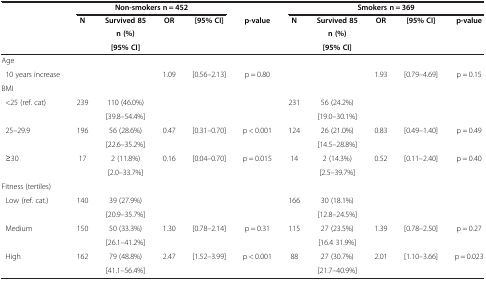
<table><thead><tr><td><b> </b></td><td colspan="4"><b>Non-smokers n = 452</b></td><td><b> </b></td><td colspan="5"><b>Smokers n = 369</b></td></tr><tr><td><b> </b></td><td><b>N</b></td><td><b>Survived 85</b></td><td><b>OR</b></td><td><b>[95% CI]</b></td><td><b>p-value</b></td><td><b>N</b></td><td><b>Survived 85</b></td><td><b>OR</b></td><td><b>[95% CI]</b></td><td><b>p-value</b></td></tr><tr><td><b> </b></td><td><b> </b></td><td><b>n (%)</b></td><td><b> </b></td><td><b> </b></td><td><b> </b></td><td><b> </b></td><td><b>n (%)</b></td><td><b> </b></td><td><b> </b></td><td><b> </b></td></tr><tr><td><b> </b></td><td><b> </b></td><td><b>[95% CI]</b></td><td><b> </b></td><td><b> </b></td><td><b> </b></td><td><b> </b></td><td><b>[95% CI]</b></td><td><b> </b></td><td><b> </b></td><td><b> </b></td></tr></thead><tbody><tr><td>Age</td><td> </td><td> </td><td> </td><td> </td><td> </td><td> </td><td> </td><td> </td><td> </td><td> </td></tr><tr><td> 10 years increase</td><td> </td><td> </td><td>1.09</td><td>[0.56–2.13]</td><td>p = 0.80</td><td> </td><td> </td><td>1.93</td><td>[0.79–4.69]</td><td>p = 0.15</td></tr><tr><td>BMI</td><td> </td><td> </td><td> </td><td> </td><td> </td><td> </td><td> </td><td> </td><td> </td><td> </td></tr><tr><td rowspan="2"> &lt;25 (ref. cat)</td><td rowspan="2">239</td><td>110 (46.0%)</td><td rowspan="2"> </td><td rowspan="2"> </td><td rowspan="2"> </td><td rowspan="2">231</td><td>56 (24.2%)</td><td rowspan="2"> </td><td rowspan="2"> </td><td rowspan="2"> </td></tr><tr><td>[39.8–54.4%]</td><td>[19.0–30.1%]</td></tr><tr><td rowspan="2"> 25–29.9</td><td rowspan="2">196</td><td>56 (28.6%)</td><td rowspan="2">0.47</td><td rowspan="2">[0.31–0.70]</td><td rowspan="2">p &lt; 0.001</td><td rowspan="2">124</td><td>26 (21.0%)</td><td rowspan="2">0.83</td><td rowspan="2">[0.49–1.40]</td><td rowspan="2">p = 0.49</td></tr><tr><td>[22.6–35.2%]</td><td>[14.5–28.8%]</td></tr><tr><td rowspan="2"> ≥30</td><td rowspan="2">17</td><td>2 (11.8%)</td><td rowspan="2">0.16</td><td rowspan="2">[0.04–0.70]</td><td rowspan="2">p = 0.015</td><td rowspan="2">14</td><td>2 (14.3%)</td><td rowspan="2">0.52</td><td rowspan="2">[0.11–2.40]</td><td rowspan="2">p = 0.40</td></tr><tr><td>[2.0–33.7%]</td><td>[2.5–39.7%]</td></tr><tr><td>Fitness (tertiles)</td><td> </td><td> </td><td> </td><td> </td><td> </td><td> </td><td> </td><td> </td><td> </td><td> </td></tr><tr><td rowspan="2"> Low (ref. cat.)</td><td rowspan="2">140</td><td>39 (27.9%)</td><td rowspan="2"> </td><td rowspan="2"> </td><td rowspan="2"> </td><td rowspan="2">166</td><td>30 (18.1%)</td><td rowspan="2"> </td><td rowspan="2"> </td><td rowspan="2"> </td></tr><tr><td>[20.9–35.7%]</td><td>[12.8–24.5%]</td></tr><tr><td rowspan="2"> Medium</td><td rowspan="2">150</td><td>50 (33.3%)</td><td rowspan="2">1.30</td><td rowspan="2">[0.78–2.14]</td><td rowspan="2">p = 0.31</td><td rowspan="2">115</td><td>27 (23.5%)</td><td rowspan="2">1.39</td><td rowspan="2">[0.78–2.50]</td><td rowspan="2">p = 0.27</td></tr><tr><td>[26.1–41.2%]</td><td>[16.4 31.9%]</td></tr><tr><td rowspan="2"> High</td><td rowspan="2">162</td><td>79 (48.8%)</td><td rowspan="2">2.47</td><td rowspan="2">[1.52–3.99]</td><td rowspan="2">p &lt; 0.001</td><td rowspan="2">88</td><td>27 (30.7%)</td><td rowspan="2">2.01</td><td rowspan="2">[1.10–3.66]</td><td rowspan="2">p = 0.023</td></tr><tr><td>[41.1–56.4%]</td><td>[21.7–40.9%]</td></tr></tbody></table>